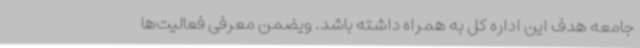
جامعه هدف این اداره کل به همراه داشته باشد. ویضمن معرفی فعالیت‌ها